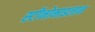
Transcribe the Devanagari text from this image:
स्टीनोमाइलान